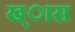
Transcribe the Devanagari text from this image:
ख्ास